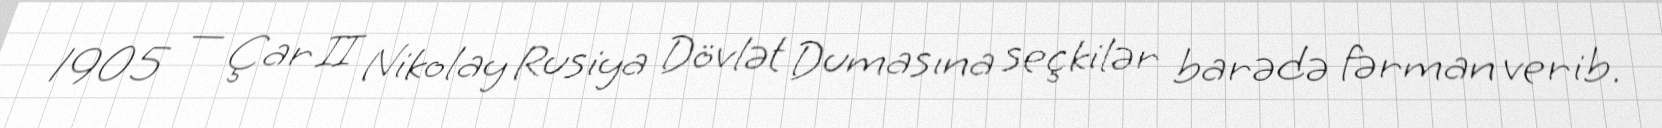
1905 — Çar II Nikolay Rusiya Dövlət Dumasına seçkilər barədə fərman verib.